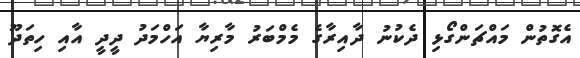
އެގޮތުން މައްޗަންގޯޅި ދެކުނު ދާއިރާގެ މެމްބަރު މާރިޔާ އަހްމަދު ދީދީ އާއި ހިތަދޫ